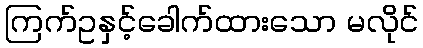
ကြက်ဥနှင့်ခေါက်ထားသော မလိုင်